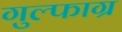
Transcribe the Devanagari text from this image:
गुल्फाग्र